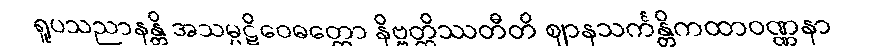
ရူပသညာနန္တိ အသမ္ပဋိဝေဓတ္ထော နိဗ္ဗတ္တိဿတီတိ ဈာနသင်္ကန္တိကထာဝဏ္ဏနာ